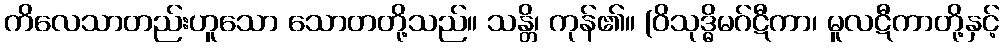
ကိလေသာတည်းဟူသော သောတတို့သည်။ သန္တိ၊ ကုန်၏။ (ဝိသုဒ္ဓိမဂ်ဋီကာ၊ မူလဋီကာတို့နှင့်